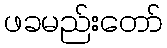
ဖခမည်းတော်